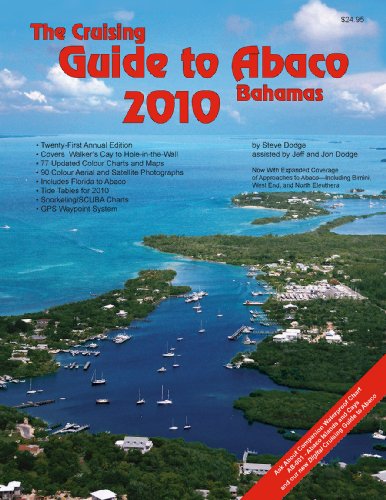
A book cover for The Cruising Guide to Abaco, Bahamas: 2010; Steve Dodge; Travel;